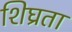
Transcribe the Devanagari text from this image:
शिघ्रता